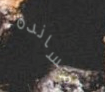
مساندة